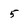
Character: 5